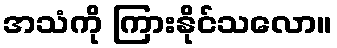
အသံကို ကြားနိုင်သလော။